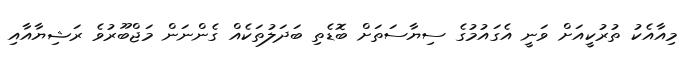
މިއާއެކު ތުރުކީއަށް ވަނީ އެގައުމުގެ ސިޔާސަތަށް ބޮޑެތި ބަދަލުތަކެއް ގެންނަން މަޖްބޫރުވެ ރަޝިޔާއާއި